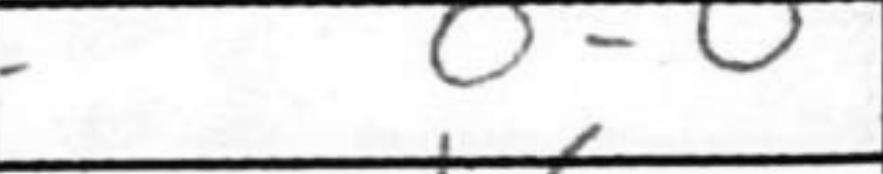
Transcription: O-O